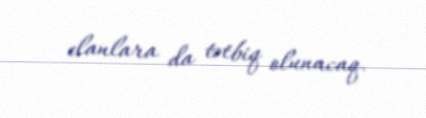
elanlara da tətbiq olunacaq.